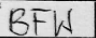
Transcription: BFW